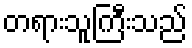
တရားသူကြီးသည်